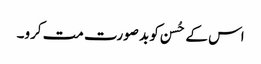
اس کے حُسن کو بد صورت مت کرو۔